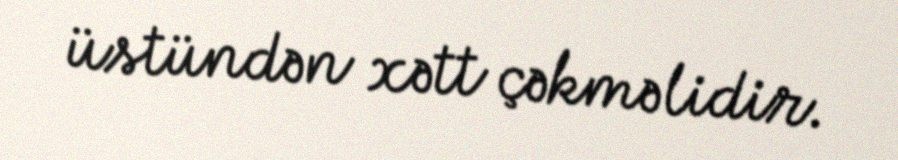
üstündən xətt çəkməlidir.